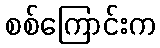
စစ်ကြောင်းက